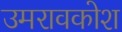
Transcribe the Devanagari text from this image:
उमरावकोश